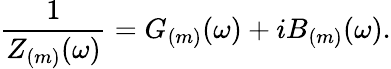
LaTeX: \frac{1}{Z_{(m)}(\omega)}=G_{(m)}(\omega)+iB_{(m)}(\omega).